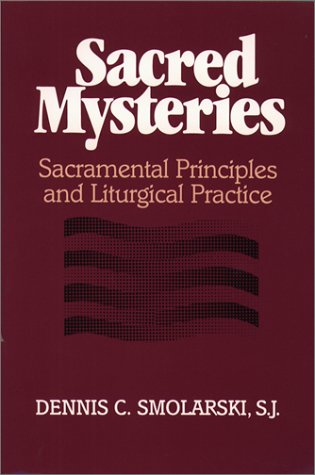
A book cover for Sacred Mysteries: Sacramental Principles and Liturgical Practice; Dennis C.; Christian Books & Bibles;